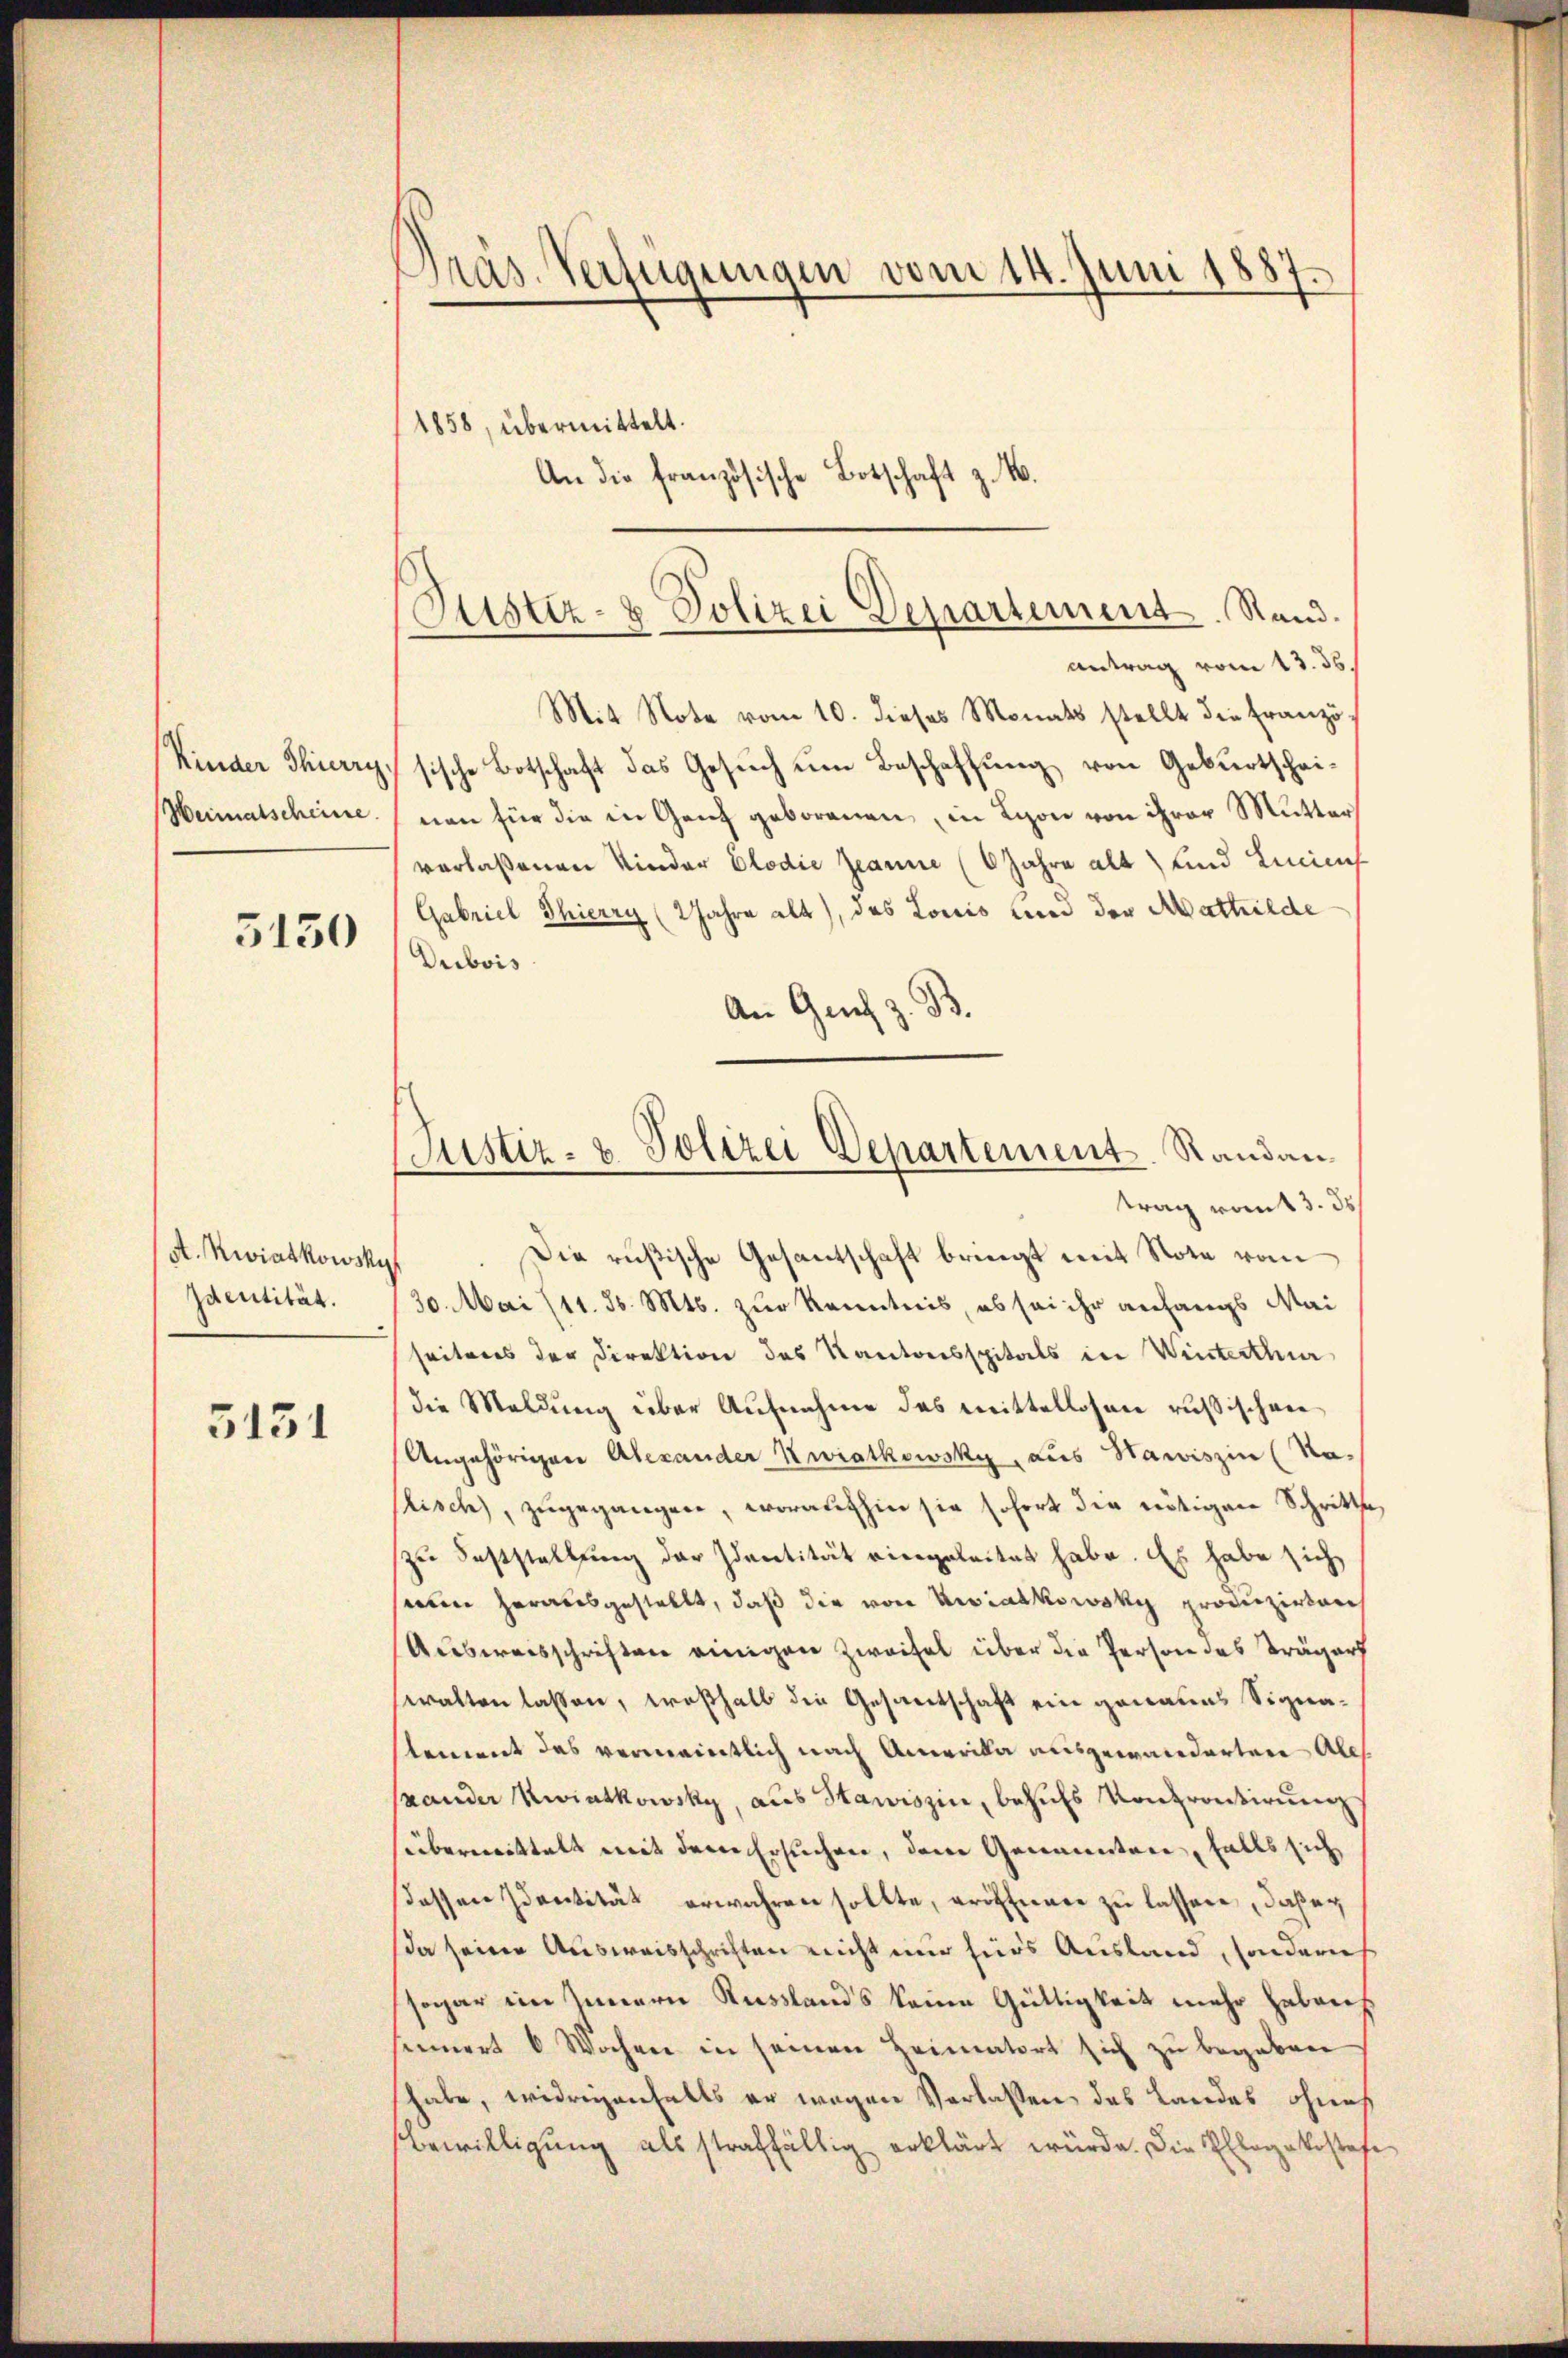
Kinder Thierry

5150

Identität.

5131

Präs. Verfügungen vom 14. Juni 1887.
(1858, übermittelt.
An die französische Botschaft z. B.

Justiz- & Polizei Departement. Stand.
antrag vom 13. 35.

Mit Note vom 10. dieses Monats stellt die Französ
sische Botschaft das Gesuch um Beschaffung von Geburtschei¬
Heimatscheine. (von für die in Ganz geborenen, in Lyon von ihrer Mutter
verlaßenen Kinder Elodie Jeanne (6 Jahre alt und Liniens
Gabriel Thierry (Jahre alt), das Louis und der Mathilde
Dubois
An Genf z. B.
A.Kwiatkowsky. Die rüßische Gesantschaft bringt mit Note vom
30. Mai (11. d. Mts. zur Kenntnis, ob sei ihr anfangs Mai
seitens der Direktion des Kantonsspitals in Winterthur
die Meldung über Aufnahme des mittellosen russischen
Angehörigen Alexander Zwiatkowsky, aus Hawiszin (Na-
stisch, zugegangen, woraufhin sie sofort die nötigen Schritte
zu Feststellung der Identität viergeleitet habe. Es habe sich
seien herausgestellt, daß die von Viadkowsky produzirer
Ausweisschriften einigen Zweifel über die Person des Trägers
walten lassen, weßhalb die Gesandtschaft ein genaues Signastement des vermaintlich nach Amerika ausgewanderten Ales
ander Zwiatkowsky, aus Stawiszin, behufs Kontrontirung
überwittelt mit dem Ersuchen, dann Genannten, falls sich
dessen Identität erwahren sollte, eröffnete zŭ lassen, daß er
da seine Ausweisschriften reicht nur fürs Ausland, sondern
sogar im Innern Russlands keine Gültigkeit mehr habens
sinnert 6 Wochen in seinen Heimatort sich zŭ begaben
habe, widrigenfalls er wegen Verlassen, das Landes ohnes
Bewilligung als straffällig erklärt würde. Die Ellogakostafe

Justiz- & Polizei Departement. Randan
trag vom 3. 35